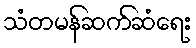
သံတမန်ဆက်ဆံရေး